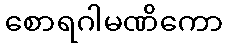
စောရဂါမဏိကော